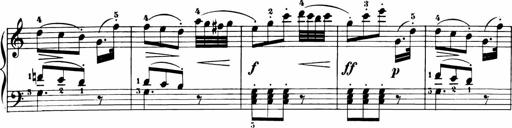
Title: 11 Sonatinas for Piano Solo
Composer: Anton Diabelli